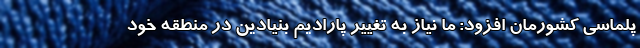
پلماسی کشورمان افزود: ما نیاز به تغییر پارادیم بنیادین در منطقه خود